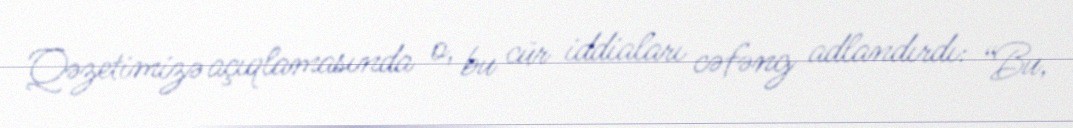
Qəzetimizə açıqlamasında o, bu cür iddiaları cəfəng adlandırdı: “Bu,